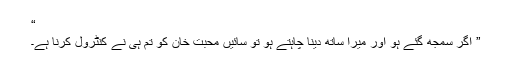
“
” اگر سمجھ گئے ہو اور میرا ساتھ دینا چاہتے ہو تو سائیں محبت خان کو تم ہی نے کنٹرول کرنا ہے۔